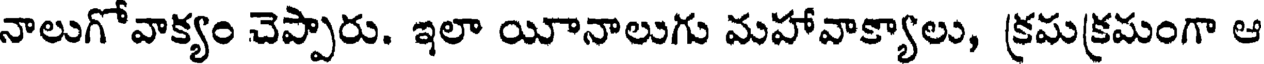
నాలుగోవాక్యం చెప్పారు. ఇలా యీనాలుగు మహావాక్యాలు, క్రమక్రమంగా ఆ